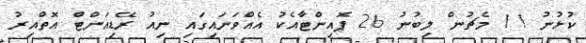
ކުޅުނު 11 މެޗުން ލިބުނު 26 ޕޮއިންޓާއެކު އެއްވަނައިގައި ނިއު ރޭޑިއަންޓް އޮތްއިރު